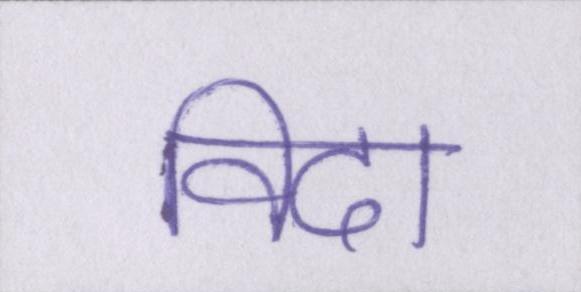
विदा